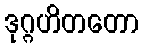
ဒုဂ္ဂဟိတတော